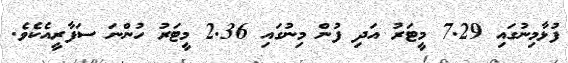
ފުޅާމިނުގައި 7.29 މީޓަރު އަދި ފުން މިނުގައި 2.36 މީޓަރު ހުންނަ ސަފާރީއެކެވެ.